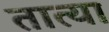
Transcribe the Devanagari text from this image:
तात्‍या